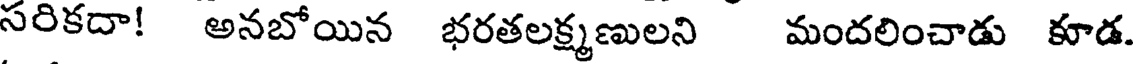
సరికదా! అనబోయిన భరతలక్ష్మణులని మందలించాడు కూడ.